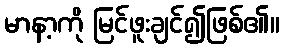
မာနာ့ကို မြင်ဖူးချင်၍ဖြစ်၏။